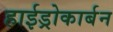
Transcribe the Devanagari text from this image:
हाईड्रोकार्बन